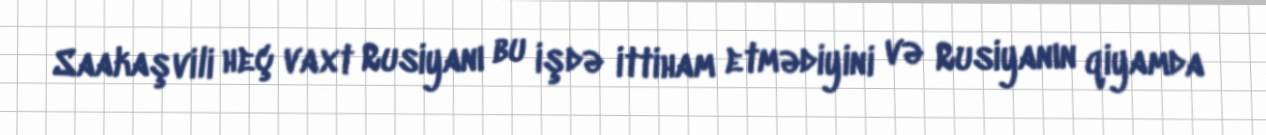
Saakaşvili heç vaxt Rusiyanı bu işdə ittiham etmədiyini və Rusiyanın qiyamda